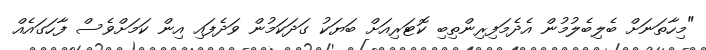
"މިހާތަނަށް ބެލިބެލުމުން އެދެމަފިރިންތިބި ކޮޓަރިއަށް ބަޔަކު ގަދަކަމުން ވަދެފައި އިން ކަމަށްވެސް ފާހަގައެއް